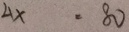
4 x \cdot 8 0